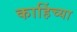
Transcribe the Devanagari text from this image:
काहिंच्या